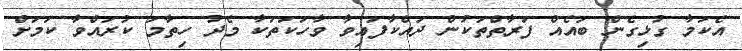
އެކަމާ ގުޅިގެން ބައެއް ފަރާތްތަކުން ދައްކާފައިވާ ވާހަކަތަކާ މެދު ހިތާމަ ކުރައްވާ ކަމަށް